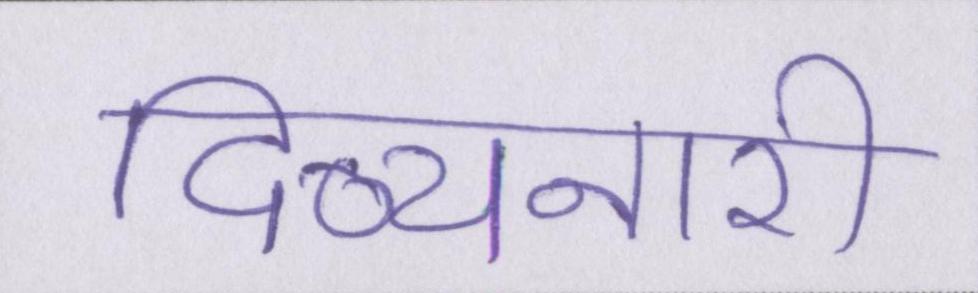
दिव्यनारी